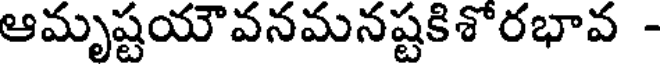
ఆమృష్టయౌవనమనష్టకిశో రభావ -